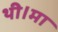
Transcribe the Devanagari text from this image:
थी।माॅ